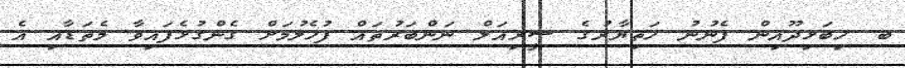
ބ. ހިބަޅިދޫއިން ފެނުނު ހަތިޔާރުގެ ސީރިއަލް ނަންބަރުތައް ފުހެލުމަށް ގެންގުޅެފައިވާ މެތަޑާއި އެ